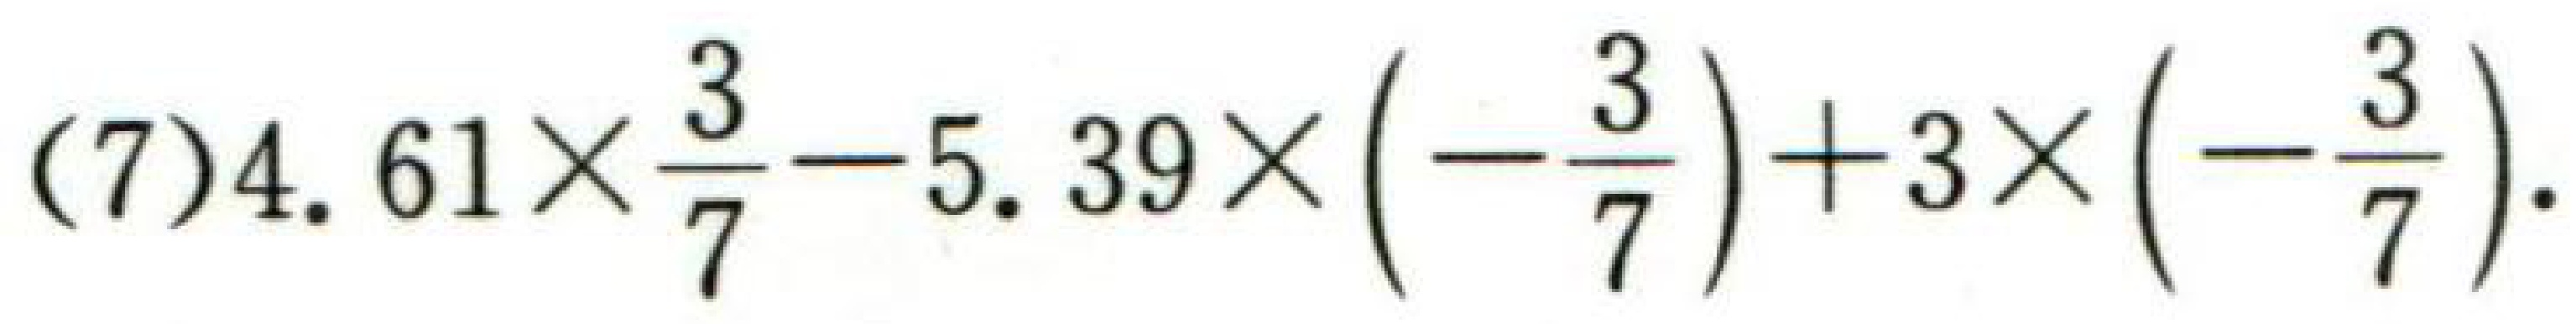
(7)\(4.61\times\frac{3}{7}-5.39\times\left(-\frac{3}{7}\right)+3\times\left(-\frac{3}{7}\right)\).